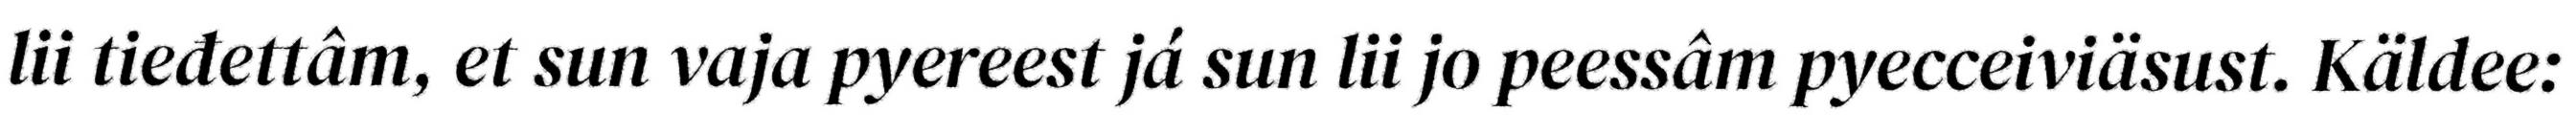
lii tieđettâm, et sun vaja pyereest já sun lii jo peessâm pyecceiviäsust. Käldee: